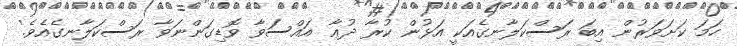
ހަމަ ކަށަވަރުން އިބަ ރަސްކަލާނގެއަކީ އަޅުން ކުރާ ދުޢާ އައްސަވާ ވޮޑިގަންނަވާ ރަސްކަލާނގެއެވެ.'